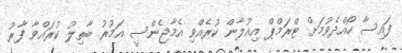
ފައިސާ ހޯއްދެވުމަށް ޓްރަމްޕް އިއުލާން ކުރެއްވި އެމާޖެންސީ އަމުރު ބާތިލު ކުރައްވާ ފާރު